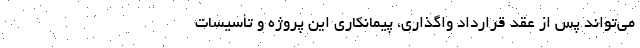
می‌تواند پس از عقد قرارداد واگذاری، پیمانکاری این پروژه و تأسیسات